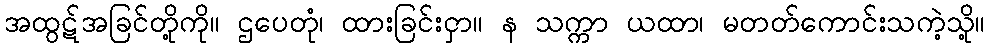
အထွဋ်အခြင်တို့ကို။ ဌပေတုံ၊ ထားခြင်းငှာ။ န သက္ကာ ယထာ၊ မတတ်ကောင်းသကဲ့သို့။